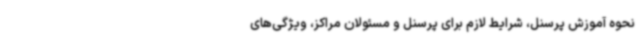
نحوه آموزش پرسنل، شرایط لازم برای پرسنل و مسئولان مراکز، ویژگی‌های